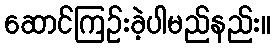
ဆောင်ကြဉ်းခဲ့ပါမည်နည်း။